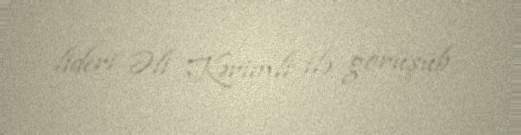
lideri Əli Kərimli ilə görüşüb.